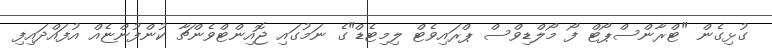
ގުޅިގެން "ޓްރާންސްޕޯޓް ފޯ މޯލްޑިވްސް ޕްރައިވެޓް ލިމިޓެޑް"ގެ ނަމުގައި ޖޮއިންޓްވެންޗާ ކުންފުންޏެއް އުފައްދައިފި